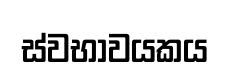
ස්වභාවයකය